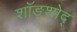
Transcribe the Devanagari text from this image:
शॉङ्शोद्